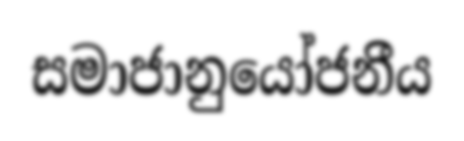
සමාජානුයෝජනීය